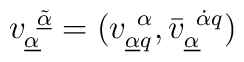
v^{~\underline{\tilde{\alpha}}}_{\underline{\alpha}} =(v^{~\alpha }_{\underline{\alpha}q},\bar{v}^{~\dot{\alpha}q}_{\underline{\alpha}} )